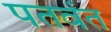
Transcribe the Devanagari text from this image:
पतवंत